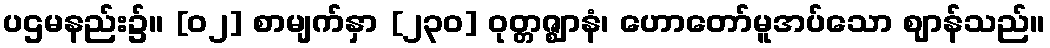
ပဌမနည်း၌။ [၀၂] စာမျက်နှာ [၂၃၀] ဝုတ္တဇ္ဈာနံ၊ ဟောတော်မူအပ်သော ဈာန်သည်။